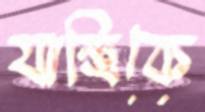
যান্ত্রিকে